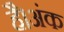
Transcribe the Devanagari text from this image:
है।अंक